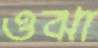
ওঝা